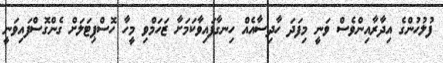
ފުލުހުންގެ އިދާރާއިންވެސް ވަނީ މިފަދަ ހާދިސާއެއް ހިނގާފައިވާކަމަށާ ޒަހަމްވި މީހާ ހޮސްޕިޓަލަށް ގެންގޮސްފައިވަނީ